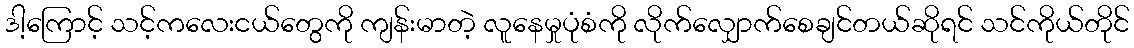
ဒါ့ကြောင့် သင့်ကလေးငယ်တွေကို ကျန်းမာတဲ့ လူနေမှုပုံစံကို လိုက်လျှောက်စေချင်တယ်ဆိုရင် သင်ကိုယ်တိုင်